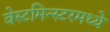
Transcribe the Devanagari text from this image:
वेस्टमिन्स्टरमध्ये